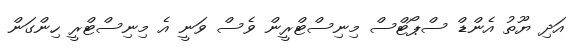
އަދި ޔޫތު އެންޑް ސްޕޯޓްސް މިނިސްޓްރީން ވެސް ވަނީ އެ މިނިސްޓްރީ ހިންގަން